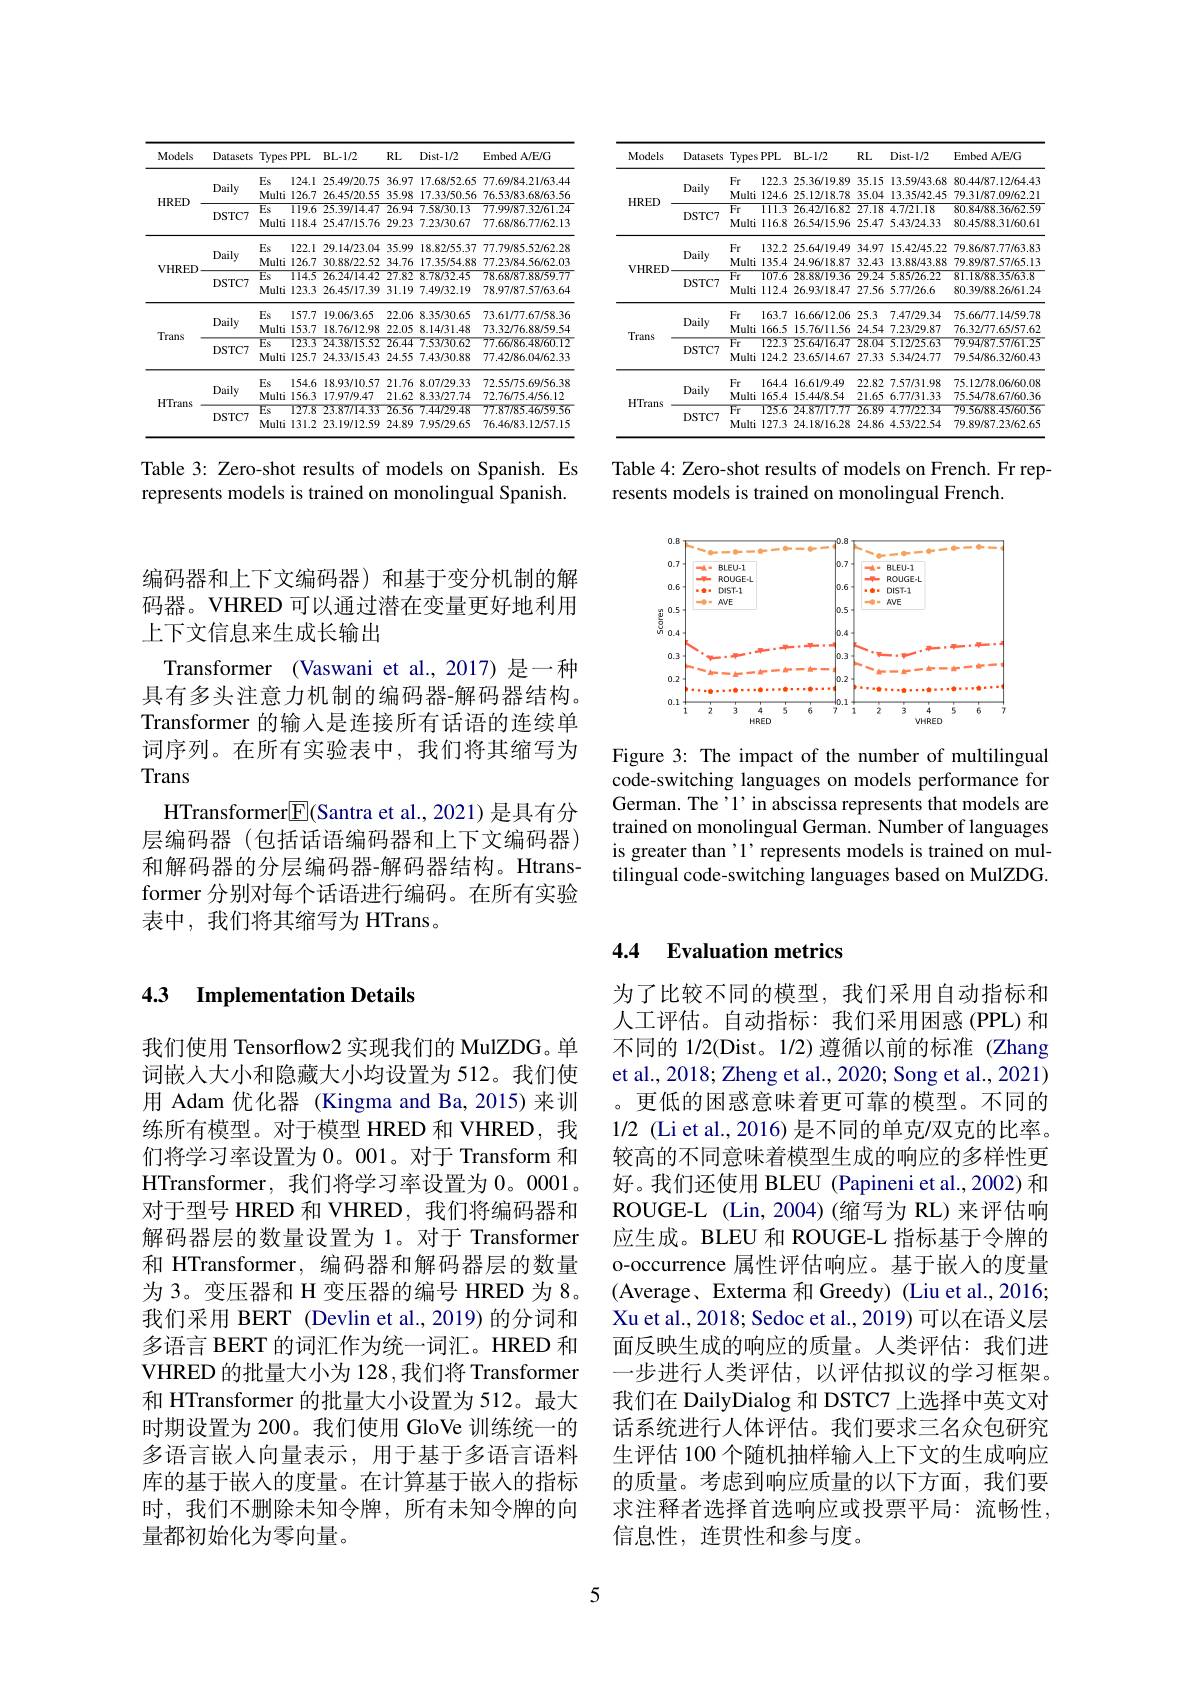
<table>
	<tbody>
		<tr>
			<th>Models</th>
			<th>Datasets</th>
			<th>Types</th>
			<th>$PPL$</th>
			<th>$BL-1/2$</th>
			<th>$RL$</th>
			<th>$Dist-1/2$</th>
			<th>Embed A/E/G</th>
		</tr>
		<tr>
			<td rowspan="4">$HRED$</td>
			<td rowspan="2">Daily</td>
			<td>Es</td>
			<td>124.1</td>
			<td>25.49/20.75</td>
			<td>36.97</td>
			<td>17.68/52.65</td>
			<td>77.69/84.21/63.44</td>
		</tr>
		<tr>
			<td>Multi</td>
			<td>126.7</td>
			<td>26.45/20.55</td>
			<td>35.98</td>
			<td>17.33/50.56</td>
			<td>76.53/83.68/63.56</td>
		</tr>
		<tr>
			<td rowspan="2">DSTC7</td>
			<td>$Es$</td>
			<td>119.6</td>
			<td>25.39/14.47</td>
			<td>26.94</td>
			<td>7.58/30.13</td>
			<td>77.99/87.32/61.24</td>
		</tr>
		<tr>
			<td>Multi</td>
			<td>118.4</td>
			<td>25.47/15.76</td>
			<td>29.23</td>
			<td>7.23/30.67</td>
			<td>77.68/86.77/62.13</td>
		</tr>
		<tr>
			<td rowspan="4">VHRED</td>
			<td rowspan="2">Daily</td>
			<td>Es</td>
			<td>122.1</td>
			<td>29.14/23.04</td>
			<td>35.99</td>
			<td>18.82/55.37</td>
			<td>77.79/85.52/62.28</td>
		</tr>
		<tr>
			<td>Multi</td>
			<td>126.7</td>
			<td>30.88/22.52</td>
			<td>34.76</td>
			<td>17.35/54.88</td>
			<td>77.23/84.56/62.03</td>
		</tr>
		<tr>
			<td rowspan="2">DSTC7</td>
			<td>Es</td>
			<td>114.5</td>
			<td>26.24/14.42</td>
			<td>27.82</td>
			<td>8.78/32.45</td>
			<td>78.68/87.88/59.77</td>
		</tr>
		<tr>
			<td>Multi</td>
			<td>123.3</td>
			<td>26.45/17.39</td>
			<td>31.19 </td>
			<td>7.49/32.19</td>
			<td>78.97/87.57/63.64</td>
		</tr>
		<tr>
			<td rowspan="4">Trans</td>
			<td rowspan="2">Daily</td>
			<td>Es</td>
			<td>157.7</td>
			<td>19.06/3.65</td>
			<td>22.06</td>
			<td>8.35/30.65</td>
			<td>73.61/77.67/58.36</td>
		</tr>
		<tr>
			<td>Multi</td>
			<td>153.7</td>
			<td>18.76/12.98</td>
			<td>22.05</td>
			<td>8.14/31.48</td>
			<td>73.32/76.88/59.54</td>
		</tr>
		<tr>
			<td rowspan="2">DSTC7</td>
			<td>Es</td>
			<td>123.3</td>
			<td>24.38715.52</td>
			<td>26.44</td>
			<td>7.53/30.62</td>
			<td>77.66/86.48/60.12</td>
		</tr>
		<tr>
			<td>Multi</td>
			<td>125.7</td>
			<td>24.33/15.43</td>
			<td>24.55</td>
			<td>7.43/30.88</td>
			<td>77.42/86.04/62.33</td>
		</tr>
		<tr>
			<td rowspan="4">HTrans</td>
			<td rowspan="2">Daily</td>
			<td>Es</td>
			<td>154.6</td>
			<td>18.93/10.57</td>
			<td>21.76</td>
			<td>8.07/29.33</td>
			<td>72.55/75.69/56.38</td>
		</tr>
		<tr>
			<td>Multi</td>
			<td>156.3</td>
			<td>17.97/9.47</td>
			<td>21.62</td>
			<td>8.33/27.74</td>
			<td>72.76/75.4/56.12</td>
		</tr>
		<tr>
			<td rowspan="2">DSTC7</td>
			<td>$Es$</td>
			<td>$T27.8$</td>
			<td>23.87/14.33</td>
			<td>26.56</td>
			<td>7.44729.48</td>
			<td>77.87/85.46/59.56</td>
		</tr>
		<tr>
			<td>Multi</td>
			<td>131.2</td>
			<td>23.19/12.59</td>
			<td>24.89</td>
			<td>7.95/29.65</td>
			<td>76.46/83.12/57.15</td>
		</tr>
	</tbody>
</table>

Table 3: Zero-shot results of models on Spanish. Es represents models is trained on monolingual Spanish.

编码器和上下文编码器)和基于变分机制的解码器。VHRED 可以通过潜在变量更好地利用上下文信息来生成长输出
Transformer (Vaswani et al.,2017) 是一种具有多头注意力机制的编码器-解码器结构。Transformer 的输入是连接所有话语的连续单词序列。在所有实验表中，我们将其缩写为Trans
HTransformer$\boxed{\mathrm{F}}$(Santra et al., 2021) 是具有分层编码器(包括话语编码器和上下文编码器) 和解码器的分层编码器-解码器结构。Htransformer 分别对每个话语进行编码。在所有实验表中，我们将其缩写为 HTrans。

<table>
	<tbody>
		<tr>
			<th>Models</th>
			<th>Datasets</th>
			<th>Types</th>
			<th>$PPL$</th>
			<th>$BL-1/2$</th>
			<th>$RL$</th>
			<th>Dist- 1/ 2</th>
			<th>Embed A/E/G</th>
		</tr>
		<tr>
			<td rowspan="4">HRED</td>
			<td rowspan="2">Daily</td>
			<td>$Fr$</td>
			<td>122.3</td>
			<td>25.36/19.89</td>
			<td>35.15</td>
			<td>13.59/43.68</td>
			<td>80.44/87.12/64.43</td>
		</tr>
		<tr>
			<td>Multi</td>
			<td>124.6</td>
			<td>25.12/18.78</td>
			<td>35.04</td>
			<td>13.35/42.45</td>
			<td>79.31/87.09/62.21</td>
		</tr>
		<tr>
			<td rowspan="2">DSTC7</td>
			<td>$Fr$</td>
			<td>$\overline{111.3}$</td>
			<td>26.42/16.82</td>
			<td>27.18</td>
			<td>4.7/21.18</td>
			<td>80.84/88.36/62.59</td>
		</tr>
		<tr>
			<td>Multi</td>
			<td>116.8</td>
			<td>26.54/15.96</td>
			<td>25.47</td>
			<td>5.43/24.33</td>
			<td>80.45/88.31/60.6</td>
		</tr>
		<tr>
			<td rowspan="4">VHRED</td>
			<td rowspan="2">Daily</td>
			<td>Fr</td>
			<td>132.2</td>
			<td>25.64/19.49</td>
			<td>34.97</td>
			<td>15.42/45.22</td>
			<td>79.86/87.77/63.83</td>
		</tr>
		<tr>
			<td>Multi</td>
			<td>135.4</td>
			<td>24.96/18.87</td>
			<td>32.43</td>
			<td>13.88/43.88</td>
			<td>79.89/87.57/65.13</td>
		</tr>
		<tr>
			<td rowspan="2">DSTC7</td>
			<td>$Fr$</td>
			<td>$\overline{107.6}$</td>
			<td>28.88/19.36</td>
			<td>29.24</td>
			<td>5.85/26.22</td>
			<td>81.18/88.35/63.8</td>
		</tr>
		<tr>
			<td>Multi</td>
			<td>112.4</td>
			<td>26.93/18.47</td>
			<td>27.56</td>
			<td>5.77/26.6</td>
			<td>80.39/88.26/61.24</td>
		</tr>
		<tr>
			<td rowspan="4">Trans</td>
			<td rowspan="2">Daily</td>
			<td>Fr</td>
			<td>163.7</td>
			<td>16.66/12.06</td>
			<td>25.3</td>
			<td>7.47/29.34</td>
			<td>75.66/77.14/59.78</td>
		</tr>
		<tr>
			<td>Multi</td>
			<td>166.5</td>
			<td>15.76/11.56</td>
			<td>24.54</td>
			<td>7.23/29.87</td>
			<td>76.32/77.65/57.62</td>
		</tr>
		<tr>
			<td rowspan="2">DSTC7</td>
			<td>Fr</td>
			<td>122.3</td>
			<td>25.64/16.47</td>
			<td>28.04</td>
			<td>5.12725.63</td>
			<td>79.94/87.57/61.25</td>
		</tr>
		<tr>
			<td>Multi</td>
			<td>124.2</td>
			<td>23.65/14.67</td>
			<td>27.33</td>
			<td>5.34/24.77</td>
			<td>79.54/86.32/60.43</td>
		</tr>
		<tr>
			<td rowspan="4">HTrans</td>
			<td rowspan="2">Daily</td>
			<td>$Fr$</td>
			<td>164.4</td>
			<td>16.61/9.49</td>
			<td>22.82</td>
			<td>7.57/31.98</td>
			<td>75.1278.06/60.08</td>
		</tr>
		<tr>
			<td>Multi</td>
			<td>165.4</td>
			<td>15.44/8.54</td>
			<td>21.65</td>
			<td>6.77/31.33</td>
			<td>75.54/78.67/60.36</td>
		</tr>
		<tr>
			<td rowspan="2">DSTC7</td>
			<td>$Fr$</td>
			<td>$T25.6$</td>
			<td>24.87/1777</td>
			<td>26.89</td>
			<td>4.77122.34</td>
			<td>79.56/88.45/60.56</td>
		</tr>
		<tr>
			<td>Multi</td>
			<td>127.3</td>
			<td>24.18/16.28</td>
			<td>24.86</td>
			<td>4.53/22.54</td>
			<td>79.89/87.23/62.65</td>
		</tr>
	</tbody>
</table>

Table 4: Zero-shot results of models on French. Fr rep-
resents models is trained on monolingual French.

<FigureHere>

Figure 3: The impact of the number of multilingual code-switching languages on models performance for German. The'1' in abscissa represents that models are trained on monolingual German. Number of languages is greater than'1' represents models is trained on multilingual code-switching languages based on MulZDG.

### 4.3 Implementation Details

我们使用 Tensorflow2 实现我们的 MulZDG。单词嵌入大小和隐藏大小均设置为 512。我们使用 Adam 优化器 (Kingma and Ba,2015)来训练所有模型。对于模型 HRED 和 VHRED, 我们将学习率设置为 0。001。对于 Transform 和HTransformer,我们将学习率设置为0。0001。对于型号 HRED 和 VHRED, 我们将编码器和解码器层的数量设置为 1。对于 Transformer 和 HTransformer, 编码器和解码器层的数量为 3。变压器和 H 变压器的编号 HRED 为 8。我们采用 BERT (Devlin et al., 2019) 的分词和多语言 BERT 的词汇作为统一词汇。HRED 和VHRED 的批量大小为 128,我们将 Transformer 和 HTransformer 的批量大小设置为 512。最大时期设置为 200。我们使用 GloVe 训练统一的多语言嵌入向量表示，用于基于多语言语料库的基于嵌入的度量。在计算基于嵌入的指标时，我们不删除未知令牌，所有未知令牌的向量都初始化为零向量。

## 4.4 Evaluation metrics

为了比较不同的模型，我们采用自动指标和人工评估。自动指标：我们采用困惑(PPL)和不同的 1/2(Dist。1/2) 遵循以前的标准 (Zhang et al., 2018; Zheng et al., 2020; Song et al., 2021) 。更低的困惑意味着更可靠的模型。不同的1/2 (Liet al., 2016) 是不同的单克/双克的比率。较高的不同意味着模型生成的响应的多样性更好。我们还使用 BLEU (Papineni et al., 2002) 和ROUGE-L (Lin,2004)(缩写为 RL)来评估响应生成。BLEU 和 ROUGE-L 指标基于令牌的o-occurrence 属性评估响应。基于嵌入的度量(Average、Exterma 和 Greedy) (Liu et al., 2016; Xu et al., 2018; Sedoc et al., 2019) 可以在语义层面反映生成的响应的质量。人类评估：我们进一步进行人类评估，以评估拟议的学习框架。我们在 DailyDialog 和 DSTC7 上选择中英文对话系统进行人体评估。我们要求三名众包研究生评估 100 个随机抽样输入上下文的生成响应的质量。考虑到响应质量的以下方面，我们要求注释者选择首选响应或投票平局：流畅性， 信息性，连贯性和参与度。

5